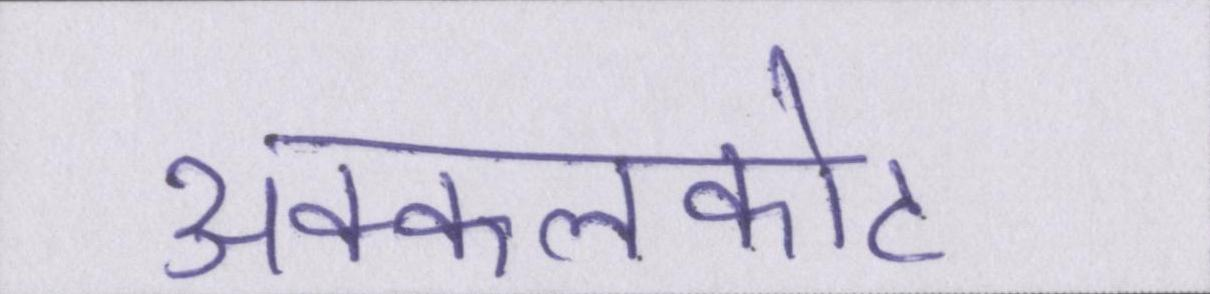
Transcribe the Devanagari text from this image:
अक्कलकोट